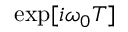
\exp [ i \omega _ { 0 } T ]